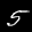
Label: 5